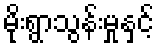
မိုးရွာသွန်းမှုနှင့်